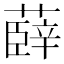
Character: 𮑠